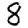
Digit: 8